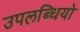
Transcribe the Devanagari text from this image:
उपलब्धियो